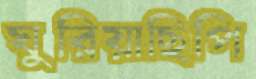
ঘুরিয়াছিপি